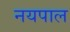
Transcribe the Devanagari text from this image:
नयपाल